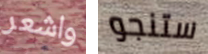
واشعر ستنجو